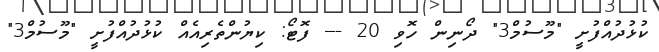
ކުޅުދުއްފުށީ "މޫސުމް3" ދޯނިން ހޮވި 20 --- ފޮޓޯ: ކިޔުންތެރިއެއް ކުޅުދުއްފުށީ "މޫސުމް3"